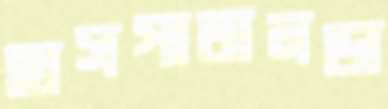
হাসপাতালডা